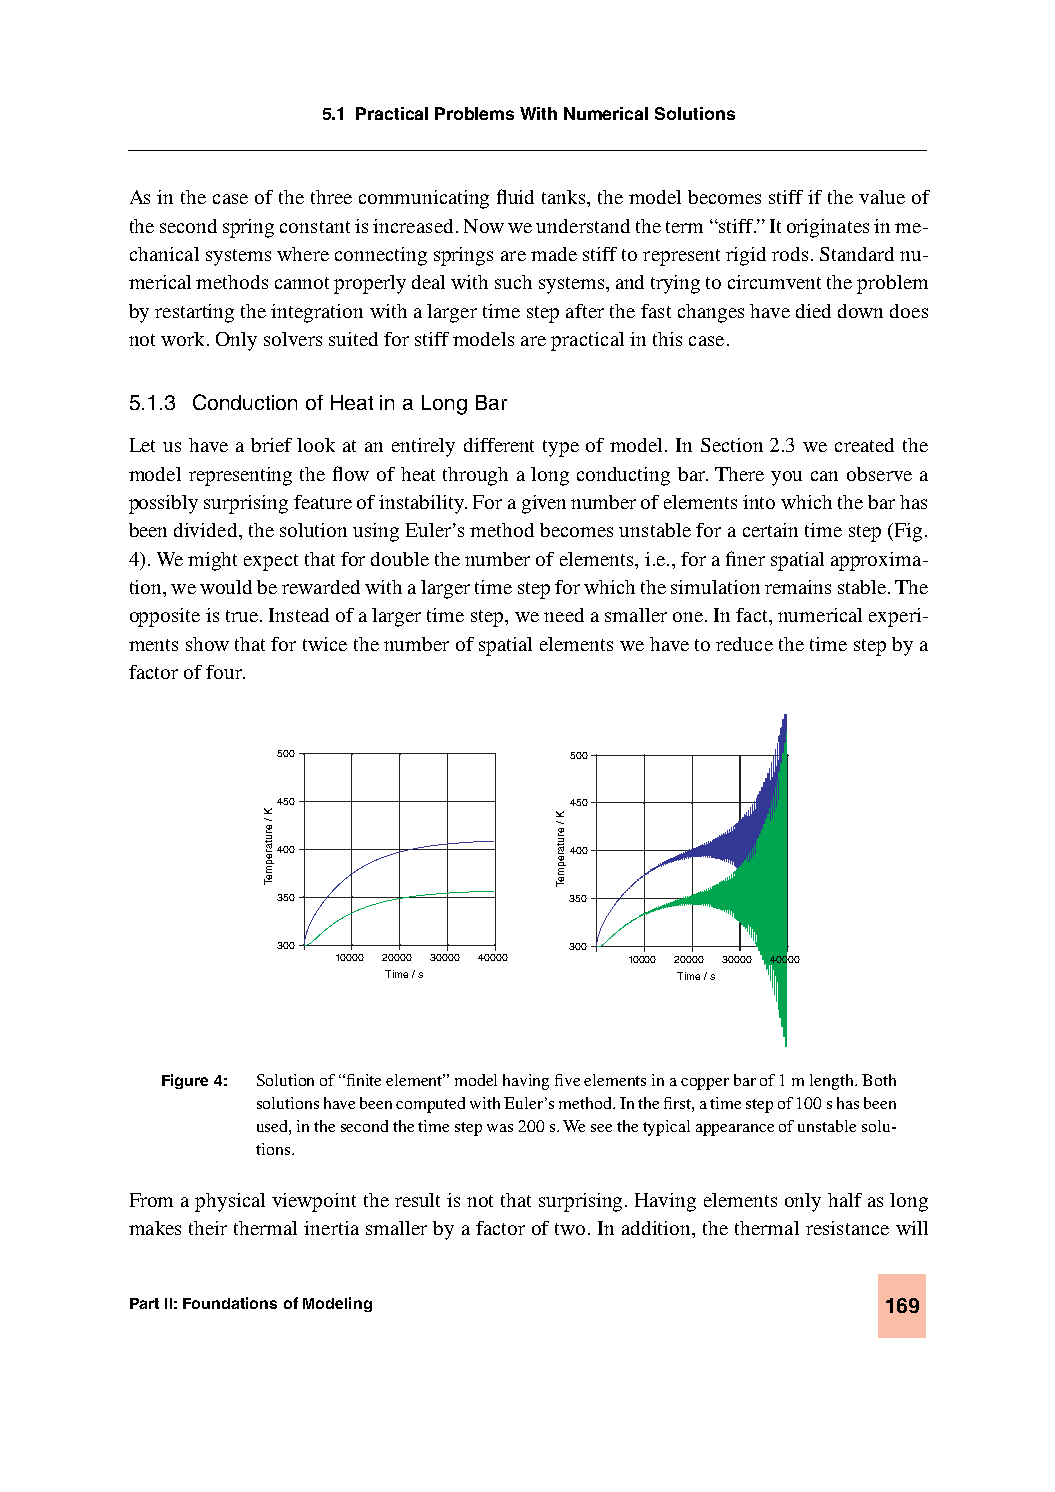
5.1 Practical Problems With Numerical Solutions
 As in the case of the three communicating fluid tanks, the model becomes stiff if the value of
 the second spring constant is increased. Now we understand the term “stiff.” It originates in me-
 chanical systems where connecting springs are made stiff to represent rigid rods. Standard nu-
 merical methods cannot properly deal with such systems, and trying to circumvent the problem
 by restarting the integration with a larger time step after the fast changes have died down does
 not work. Only solvers suited for stiff models are practical in this case.
 5.1.3 Conduction of Heat in a Long Bar
 Let us have a brief look at an entirely different type of model. In Section 2.3 we created the
 model representing the flow of heat through a long conducting bar. There you can observe a
 possibly surprising feature of instability. For a given number of elements into which the bar has
 been divided, the solution using Euler’s method becomes unstable for a certain time step (Fig.
 4). We might expect that for double the number of elements, i.e., for a finer spatial approxima-
 tion, we would be rewarded with a larger time step for which the simulation remains stable. The
 opposite is true. Instead of a larger time step, we need a smaller one. In fact, numerical experi-
 ments show that for twice the number of spatial elements we have to reduce the time step by a
 factor of four.
 500                 500
 450                 450
 400                 400
 350                 350
 300                 300
 10000 20000 30000 40000 10000 20000 30000 40000
 Time / s           Time / s
 Figure 4: Solution of “finite element” model having five elements in a copper bar of 1 m length. Both
 solutions have been computed with Euler’s method. In the first, a time step of 100 s has been
 used, in the second the time step was 200 s. We see the typical appearance of unstable solu-
 tions.
 From a physical viewpoint the result is not that surprising. Having elements only half as long
 makes their thermal inertia smaller by a factor of two. In addition, the thermal resistance will
 Part II: Foundations of Modeling                  169
 K
 / erutarepmeT
 K
 / erutarepmeT